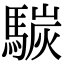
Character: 𩤧